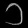
Digit: ၁